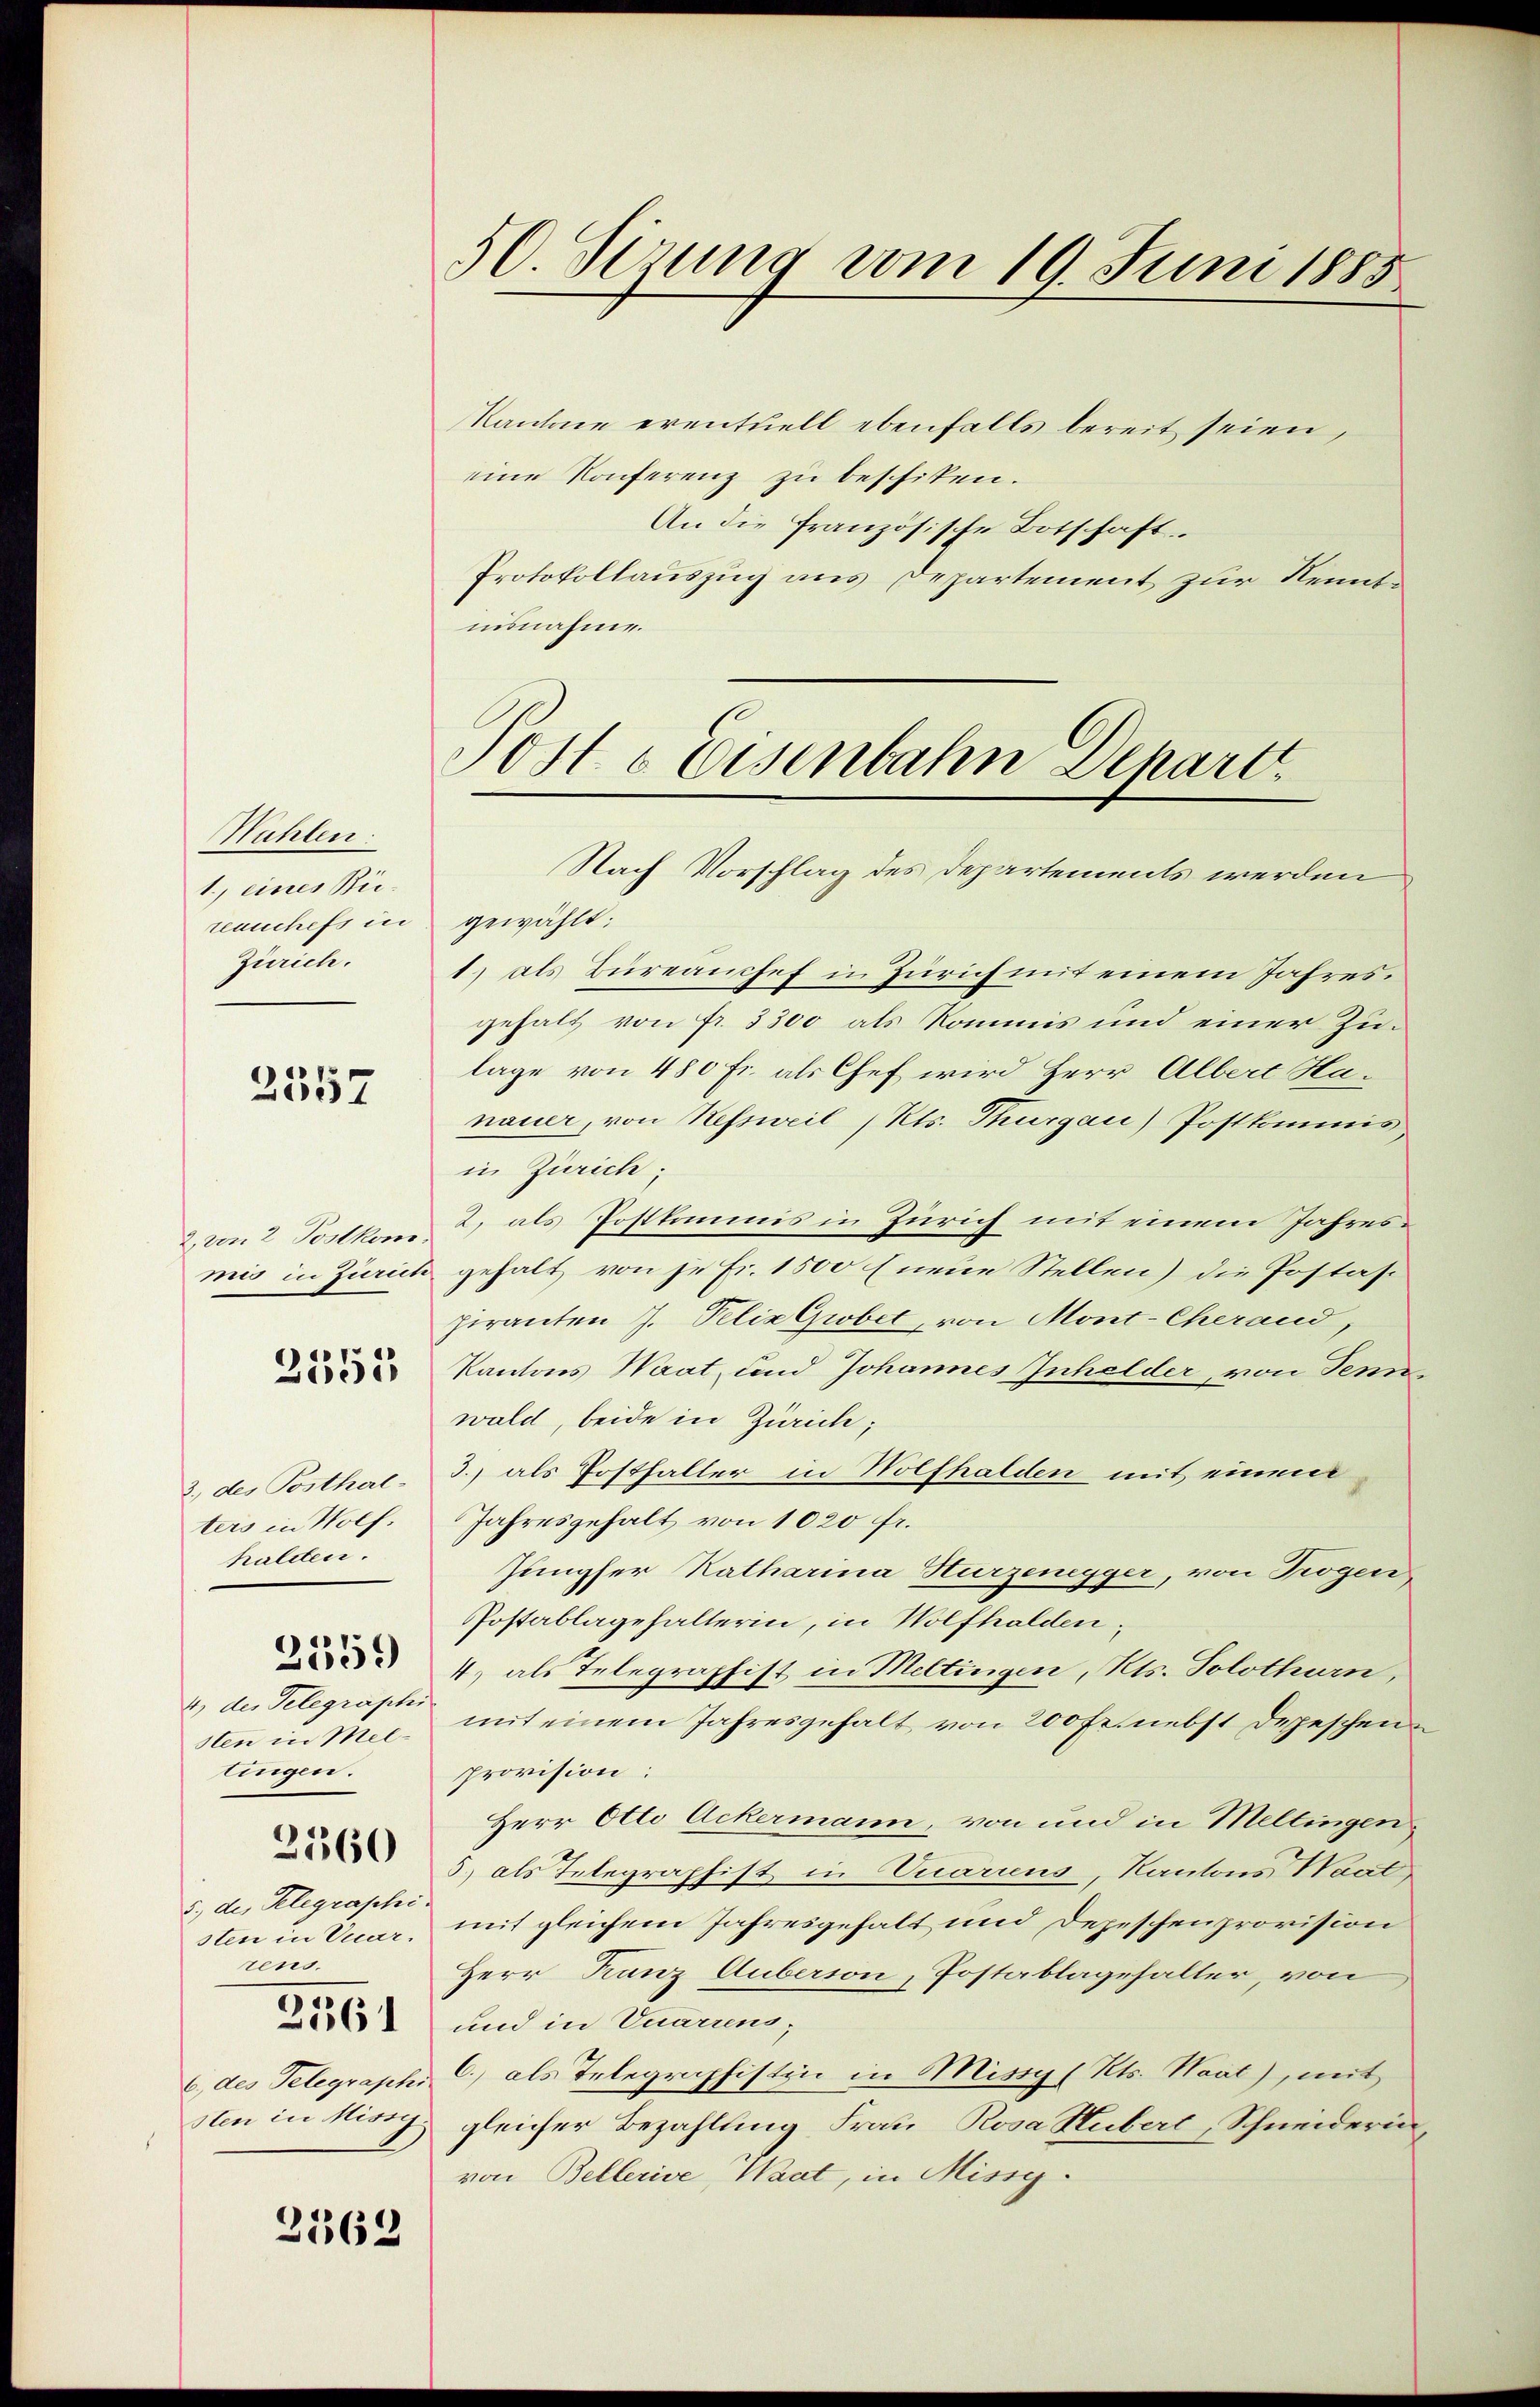
Wahlen:
1., eines Beireanchefs in gewählt:
Zürich.

2557

halden.
4) des Telegraphi
tingen.

2560

5., des Telegraphi-
rens.

2362

50. Sizung vom 19. Juni 1885

Rantone eventuell ebenfalls bereit seien,
eine Konferenz zu beschiten.
An die französische Botschaft
Protokollauszug aus Departement zur Kenntnisnahme.

Post & Eisenbahn Depart
Nach Vorschlag des Departements werden

1) als Bureauchef in Zürich mit einem Jahresgehalt von fr. 3300 als Kommis und einer Zulage von 480 Fr. als Chef wird Herr Albert Hanauer, von Nefsweil (Rts. Thurgau) Postkommis
in Zürich;
2 von 2 Vollkom 2. als Postkommis in Zürich mit einem Jahresmis in Zürich gehalt von je Fr. 1500 fneue Stellen) die Postaspiranten J. Pelix Gobet, von Mont-Cherand,
 Kantons Waat, und Johannes Inhalder, von Senn
wald, beide in Zürich;
3.) des Posthal- 3.) als Postfaller in Wolfhalden mit einem
ters in Wolf. Jahresgehalt von 1020 fr.
Jungfer Katharina Hurzenegger, von Trogen,
Postablagehalterin, in Wolfhalden,
4) als Telegraphist in Meltingen, Kts. Solothurn,
sten in Mal mit einem Jahresgehalt von 200 Fr. nebst Depeschen
provision:
Herr Otto Ackermann, von und in Meltingen,
5, als Telegraphist in Vuarius, Kantons Waat
sten in Vicar, mit gleichem Jahresgehalt und Depeschenprovision
Herr Kanz Auberson, Postablagehalter, von
26 und in Tunnen;
6 des Telegraphs C) als Telegraphistin in Missg (Kts. Waat), mit
sten in Missg gleicher Bezahlling Frau Rosa Hubert, Schneiderinvon Bellerive, Waat, in Missg¬